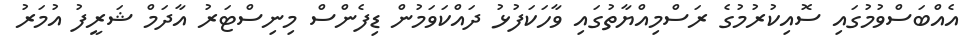
އެއްބަސްވުމުގައި ސޮއިކުރުމުގެ ރަސްމިއްޔާތުގައި ވާހަކަފުޅު ދައްކަވަމުން ޑިފެންސް މިނިސްޓަރު އާދަމް ޝަރީފު އުމަރު